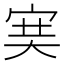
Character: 𡨏